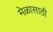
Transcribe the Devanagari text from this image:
मेळासाठी